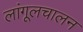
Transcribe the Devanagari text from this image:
लांगूलचालन